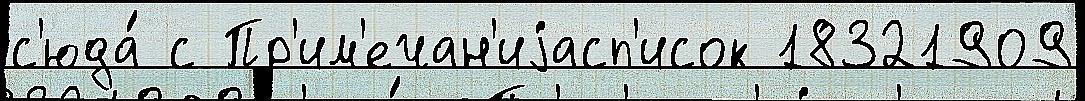
с'юда́ с Пр'им'ечан'иjасп'исок 18321909